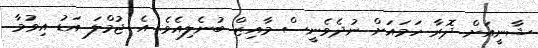
ޝާނީއަށް ދޮރާ ހަމައަށް ނުދެވެނީސް މާއިޒް ބުނެލިއެވެ. އެ ޖުމްލަ އަޑު އިވުމާ